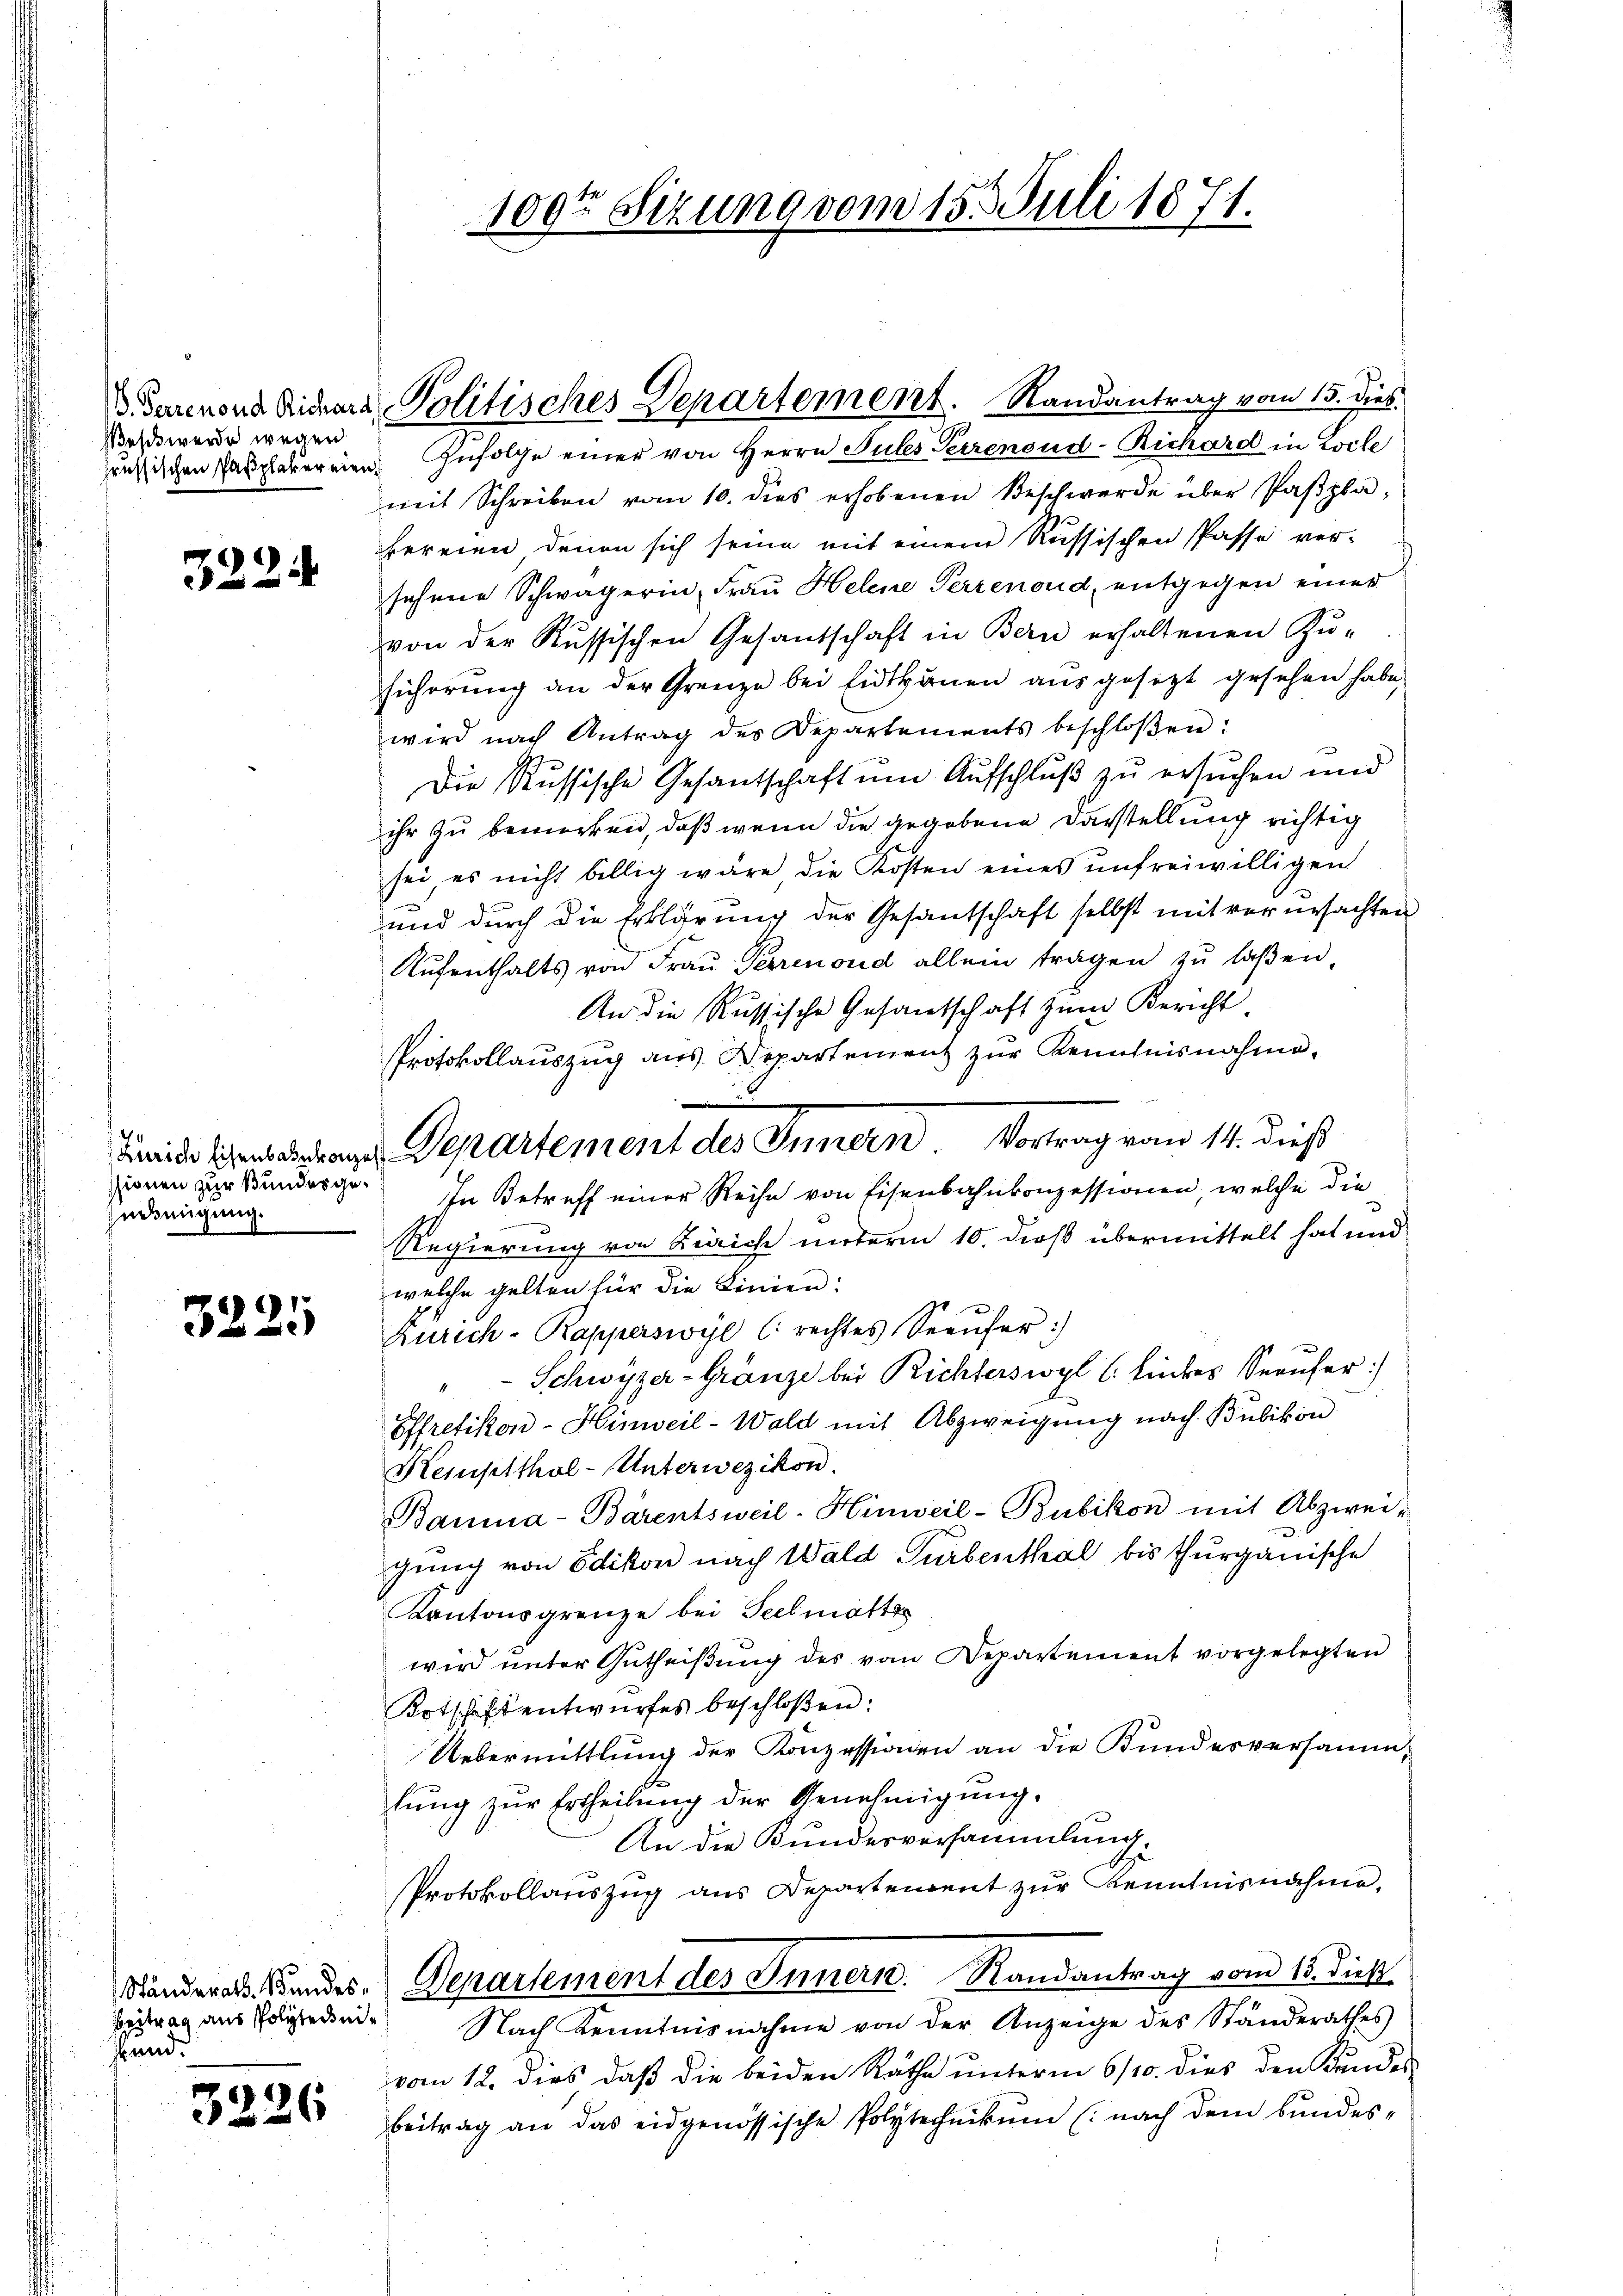
Beschwerde wegen

3224

ssionen zur Bundesgeerbeugung.

3225

Beitrag aus Politer eisrunde

3226

109te Sizung vom 15. Juli 1871.

eussischen Pasplebereien. Zufolge einer von Herrn Sules Perrenoud-Richard in Loche
mit Schreiben vom 10. dies erhobenen Beschwerde über Paβpla
bereien denen sich seine mit einem Russischen Pässe ver-
sehene Schwägerin, Frau Helene Perrenoud entgegen einer
von der Russischen Gesandschaft in Bern erhaltenen Zu-
Führrung an der Grenze bei Eidtbauen ausgesetzt gesehen habe,
wird nach Antrag des Departements beschloßen:
Die Russische Gesantschaft um Aufschluß zu ersuchen und
ihr zu bemerken, daß wenn die gegebene Darstellung richtig
sei es nicht billig wäre die Kosten eines unfreiwilligen
und durch die Erklärung der Gesantschaft selbst mit verursachten
Aufenthalts von Frau Perrenoud allein tragen zu laßen,
An die Russische Gesantschaft zum Bericht,
Protokollauszug aus. Departement zur Kenntnisnahme.
In Betreff einer Reihe von Eisenbahnkonzessionen, welche die
Regierung von Zürich unterm 10. dieß übermittelt hat und
welche gelten für die Linien:
Zürich-Rapperswyl (rechtes Seeŭfer:)
Schwyzer-Gränze bei Richterswyl l. linkes Seeufer:)
4
Effretikon-Hinweil-Wald mit Abzweigung nach Bubikon
Kemptthal-Unterwezikon.
Bauma-Bärentsweil-Hinweil-Bubikon mit Abzwei-
gung von Edikon nach Wald Turbenthal bis thurgauische
Kantonsgrenze bei Seelmatter
wird ŭnter Gutheißung des vom Departement vorgelegten
Kotschaft entwŭrfes beschloßen:
Uebermittlung der Konzessionen an die Kundesversammlŭng zŭr Ertheilŭng der Genehmigŭng.
An die Bundesversammlung.
Protokollauszug aus Departement zur Kenntnisnahme,
Ständerat Bandes. Departement des Innern. Randantrag vom 15. dieß
Nach Kenntnisnahme von der Anzeige des Standerathes
vom 12. dies daß die beiden Räthe ŭnterm 6/10. dies den Kundes-
Beitrag an das eidgenössische Polytechnikum (nach dem bundes-

3 Parenons Richara - Politisches Departement. Randantrag vom 15. dies

Feinde Bewendungen Departement des Innern Vortrag vom 14. dieß